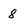
Character: 8